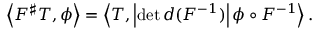
\left\langle F ^ { \sharp } T , \phi \right\rangle = \left\langle T , \left| \operatorname* { d e t } d ( F ^ { - 1 } ) \right| \phi \circ F ^ { - 1 } \right\rangle .